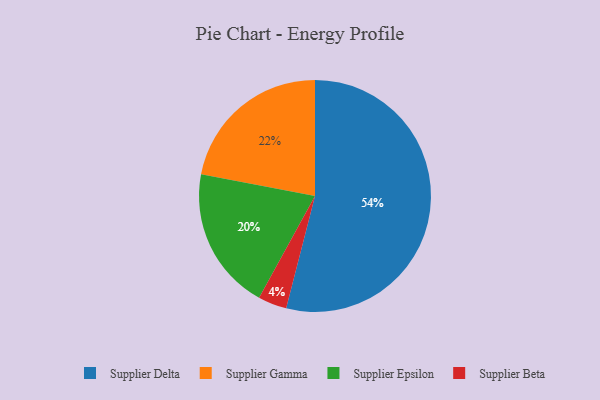
{"axis": {"x": "Category", "y": "Percentage"}, "legend": ["Supplier Beta", "Supplier Delta", "Supplier Epsilon", "Supplier Gamma"], "data": [{"x": "Supplier Epsilon", "y": 20, "type": "Supplier Epsilon"}, {"x": "Supplier Beta", "y": 4, "type": "Supplier Beta"}, {"x": "Supplier Delta", "y": 54, "type": "Supplier Delta"}, {"x": "Supplier Gamma", "y": 22, "type": "Supplier Gamma"}]}